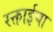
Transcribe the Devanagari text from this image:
रक्ताईचा